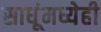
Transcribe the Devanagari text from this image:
साधूंमध्येही